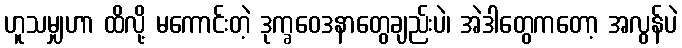
ဟူသမျှဟာ ထိလို့ မကောင်းတဲ့ ဒုက္ခဝေဒနာတွေချည်းပဲ၊ အဲဒါတွေကတော့ အလွန်ပဲ